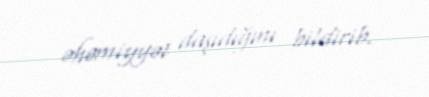
əhəmiyyət daşıdığını bildirib.